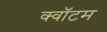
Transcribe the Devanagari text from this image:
क्‍वॉटम